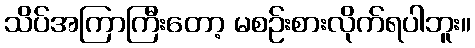
သိပ်အကြာကြီးတော့ မစဉ်းစားလိုက်ရပါဘူး။